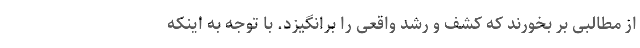
از مطالبی بر بخورند که کشف و رشد واقعی را برانگیزد. با توجه به اینکه